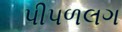
પીપળલગ